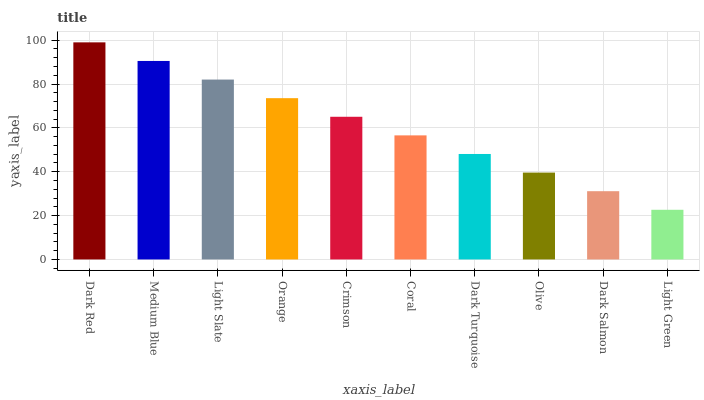
| xaxis_label | bars |
 | --- | --- |
 | Dark Red | 99 |
 | Medium Blue | 90.5 |
 | Light Slate | 82 |
 | Orange | 73.5 |
 | Crimson | 65.1 |
 | Coral | 56.6 |
 | Dark Turquoise | 48.1 |
 | Olive | 39.6 |
 | Dark Salmon | 31.1 |
 | Light Green | 22.6 |